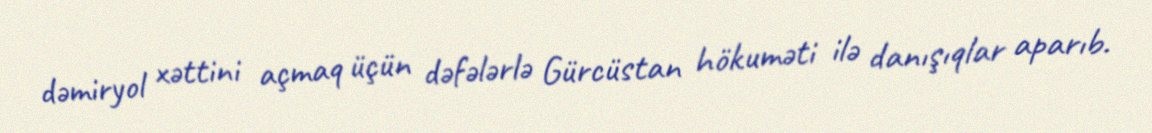
dəmiryol xəttini açmaq üçün dəfələrlə Gürcüstan hökuməti ilə danışıqlar aparıb.